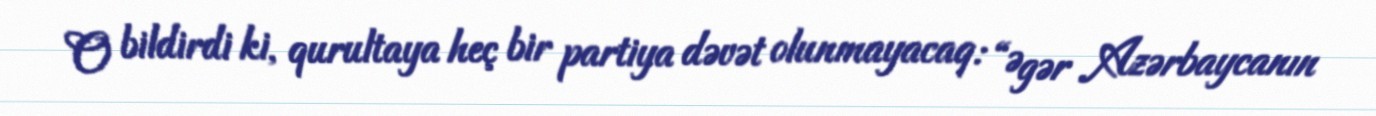
O bildirdi ki, qurultaya heç bir partiya dəvət olunmayacaq: “Əgər Azərbaycanın